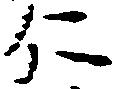
仁